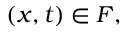
( x , t ) \in F ,